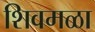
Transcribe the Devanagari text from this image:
शिवमळा